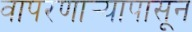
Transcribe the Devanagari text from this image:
वापरणार्‍यापासून